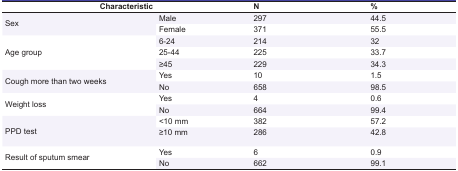
| <COLSPAN=2> Characteristic | N | % |
 | --- | --- | --- | --- |
 | <ROWSPAN=2> Sex | Male | 297 | 44.5 |
 | Female | 371 | 55.5 |
 | <ROWSPAN=3> Age group | 6-24 | 214 | 32 |
 | 25-44 | 225 | 33.7 |
 | ≥45 | 229 | 34.3 |
 | <ROWSPAN=2> Cough more than two weeks | Yes | 10 | 1.5 |
 | No | 658 | 98.5 |
 | <ROWSPAN=2> Weight loss | Yes | 4 | 0.6 |
 | No | 664 | 99.4 |
 | <ROWSPAN=2> PPD test | <10 mm | 382 | 57.2 |
 | ≥10 mm | 286 | 42.8 |
 | <ROWSPAN=2> Result of sputum smear | Yes | 6 | 0.9 |
 | No | 662 | 99.1 |